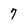
Character: 7